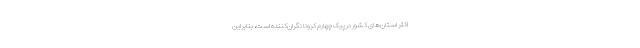
اکثر استان‌های کشور در پیک چهارم کرونا نگران‌کننده است، بنابراین